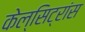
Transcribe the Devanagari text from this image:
केल्सिट्रांस